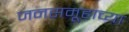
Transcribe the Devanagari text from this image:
जनसमूहाच्‍या